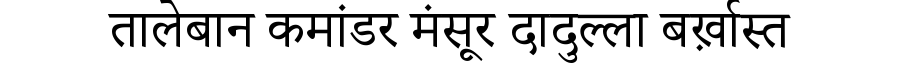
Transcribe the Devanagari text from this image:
तालेबान कमांडर मंसूर दादुल्ला बर्ख़ास्त